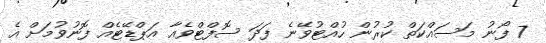
7 ފޯނު މަސައްކަތް ކުރުން ހުއްޓުވޭނެ ފަދަ ސޮފްޓްވެއާ އަޕްޑޭޓެއް ފޮނުވުމަށް އެ